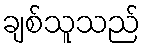
ချစ်သူသည်